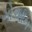
ગોઆન